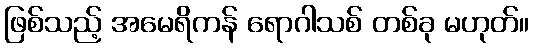
ဖြစ်သည့် အမေရိကန် ရောဂါသစ် တစ်ခု မဟုတ်။